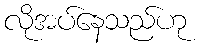
လိုအပ်နေသည်ဟု